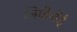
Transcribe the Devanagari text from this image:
लियोनॉर्ड्